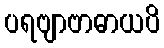
ပရဗျာဗာဓာယပိ